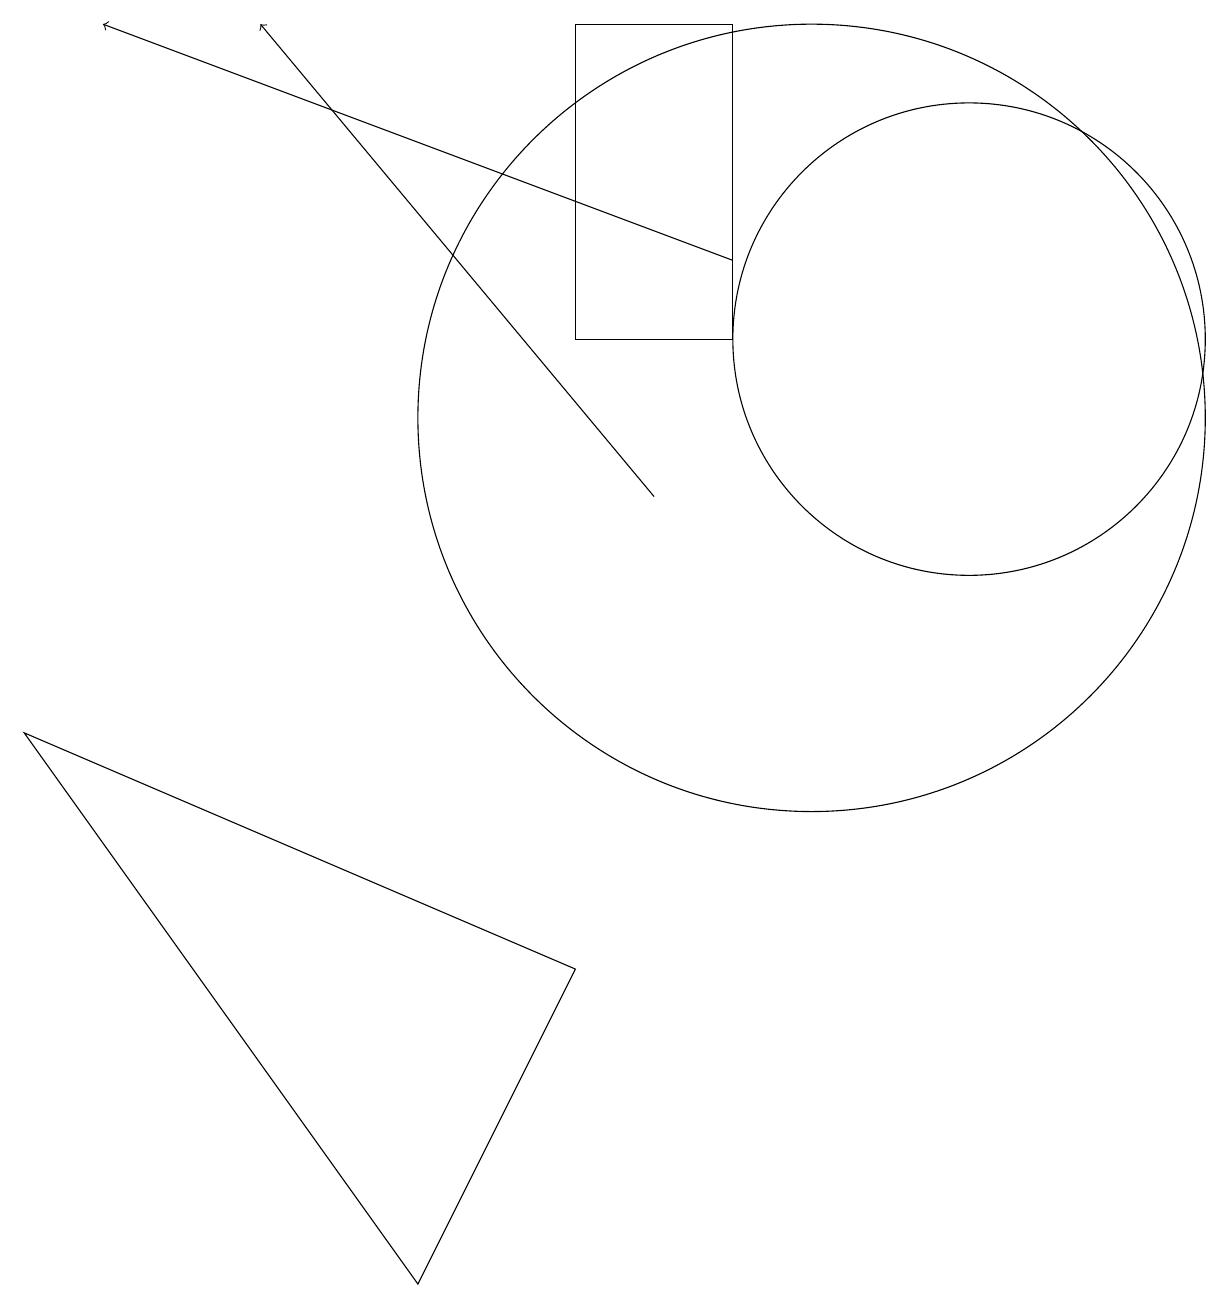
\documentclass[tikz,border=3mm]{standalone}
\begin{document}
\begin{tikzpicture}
\draw (12,12) circle (3);
\draw (9,16) rectangle (7,12);
\draw[->] (9,13) -- (1,16);
\draw (10,11) circle (5);
\draw[->] (8,10) -- (3,16);
\draw (0,7) -- (5,0) -- (7,4) -- cycle;
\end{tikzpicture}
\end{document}